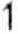
1